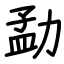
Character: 勐